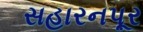
સહારનપૂર